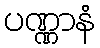
ပဏ္ဏာနံ